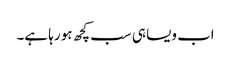
اب ویسا ہی سب کچھ ہو رہا ہے۔